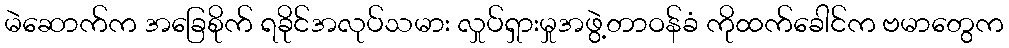
မဲဆောက်က အခြေစိုက် ရခိုင်အလုပ်သမား လှုပ်ရှားမှုအဖွဲ့တာဝန်ခံ ကိုထက်ခေါင်က ဗမာတွေက